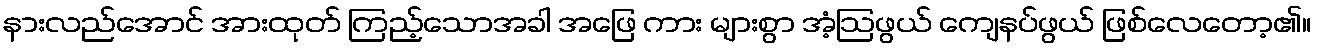
နားလည်အောင် အားထုတ် ကြည့်သောအခါ အဖြေ ကား များစွာ အံ့ဩဖွယ် ကျေနပ်ဖွယ် ဖြစ်လေတော့၏။